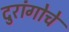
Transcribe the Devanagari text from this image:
दुरांगोचे